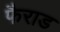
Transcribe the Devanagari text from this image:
फैराड